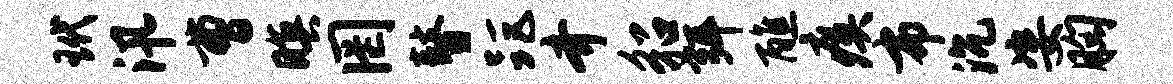
玳汛曹暝罔瞽距齐貂弭醮瘼布沉姿胸